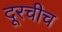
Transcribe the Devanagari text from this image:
दूरचीच